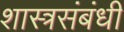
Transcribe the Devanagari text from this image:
शास्त्रसंबंधी